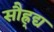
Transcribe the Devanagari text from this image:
सौह्र्द्य